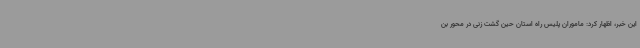
این خبر، اظهار کرد: ماموران پلیس راه استان حین گشت زنی در محور بن